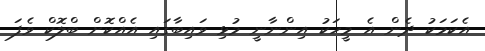
އެކަމަކު ދެން އެ މީހަކު އިންނާނީ މުޅި ވައިބާގައި އެއްކޮށް ބްލޮކް ވެފަ